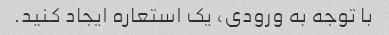
با توجه به ورودی، یک استعاره ایجاد کنید.